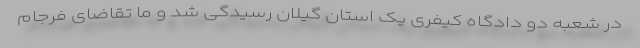
در شعبه دو دادگاه کیفری یک استان گیلان رسیدگی شد و ما تقاضای فرجام